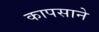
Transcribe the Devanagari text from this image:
कापसाने